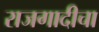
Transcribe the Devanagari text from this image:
राजगादीचा